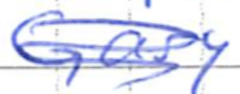
Text: Gary
Cross-out: scratch
Writing tool: ballpoint